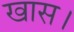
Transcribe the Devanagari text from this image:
खास।